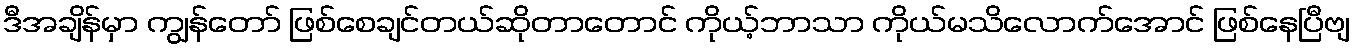
ဒီအချိန်မှာ ကျွန်တော် ဖြစ်စေချင်တယ်ဆိုတာတောင် ကိုယ့်ဘာသာ ကိုယ်မသိလောက်အောင် ဖြစ်နေပြီဗျ